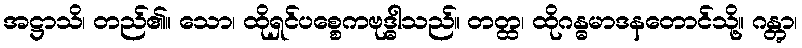
အဋ္ဌာသိ၊ တည်၏။ သော၊ ထိုရှင်ပစ္စေကဗုဒ္ဓါသည်။ တတ္ထ၊ ထိုဂန္ဓမာဒနတောင်သို့။ ဂန္တွာ၊